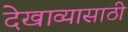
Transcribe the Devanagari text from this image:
देखाव्यासाठी